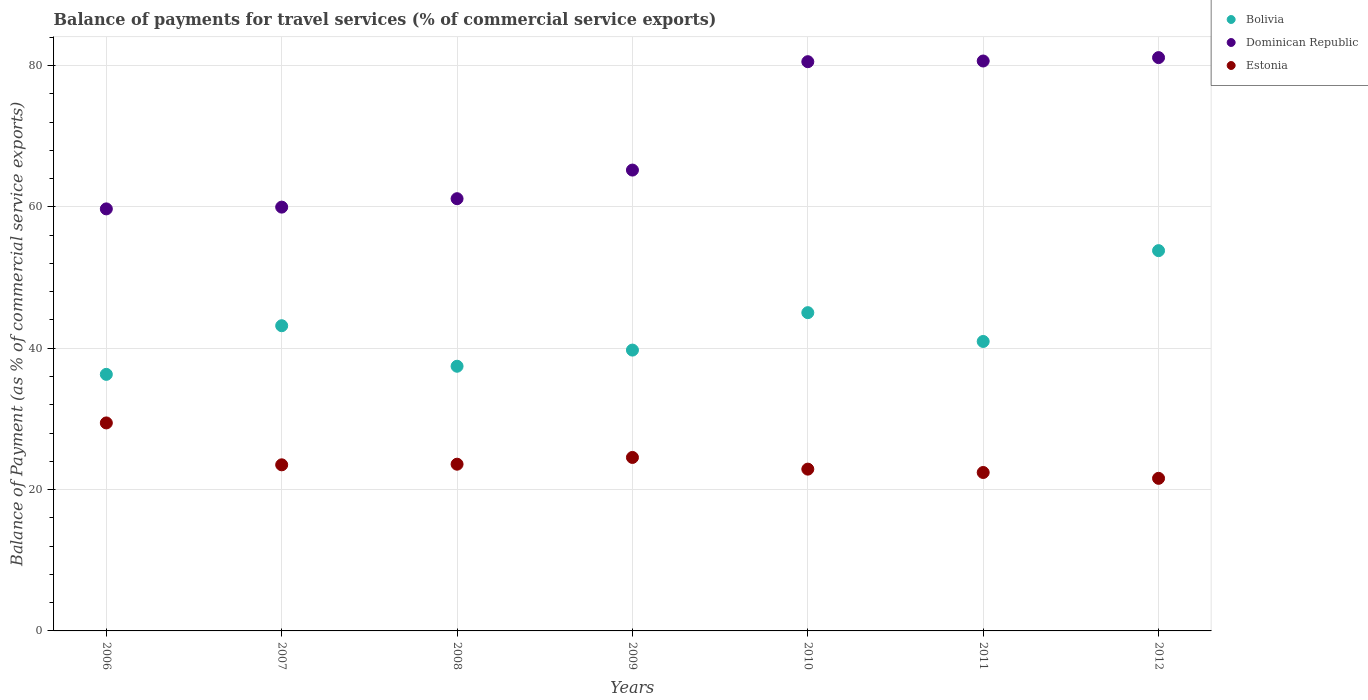
| Years | Bolivia | Dominican Republic | Estonia |
 | --- | --- | --- | --- |
 | 2006 | 36.3 | 59.7 | 29.4 |
 | 2007 | 43.2 | 60 | 23.5 |
 | 2008 | 37.4 | 61.1 | 23.6 |
 | 2009 | 39.7 | 65.2 | 24.5 |
 | 2010 | 45 | 80.5 | 22.9 |
 | 2011 | 41 | 80.6 | 22.4 |
 | 2012 | 53.8 | 81.1 | 21.6 |